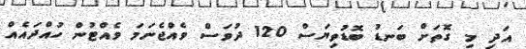
އަދި މި ގޮތަށް ބަނޑު ބޮޑުވިޔަސް 120 ދުވަސް ވެއްޖެނަމަ ވެއްޓުން ހުއްދައެއް